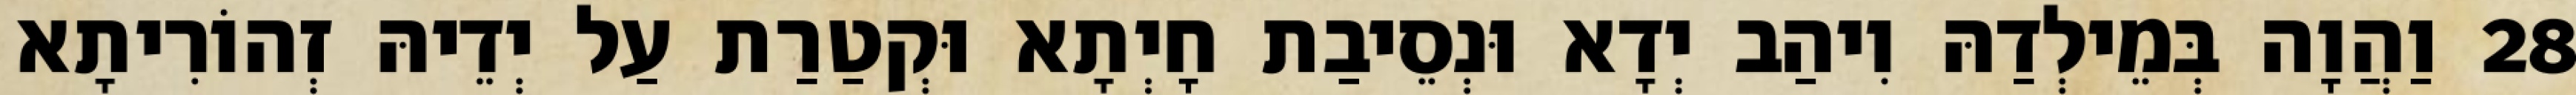
28 וַהֲוָה בְּמֵילְדַהּ וִיהַב יְדָא וּנְסֵיבַת חָיְתָא וּקְטַרַת עַל יְדֵיהּ זְהוֹרִיתָא